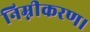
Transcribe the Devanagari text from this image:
निम्नीकरण।